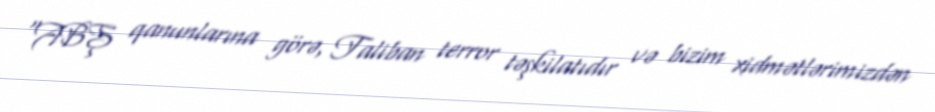
“ABŞ qanunlarına görə, Taliban terror təşkilatıdır və bizim xidmətlərimizdən